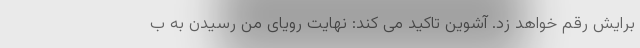
برایش رقم خواهد زد. آشوین تاکید می کند: نهایت رویای من رسیدن به ب